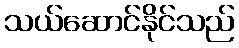
သယ်ဆောင်နိုင်သည်